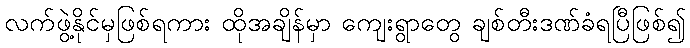
လက်ဖွဲ့နိုင်မှဖြစ်ရကား ထိုအချိန်မှာ ကျေးရွာတွေ ချစ်တီးဒဏ်ခံရပြီဖြစ်၍